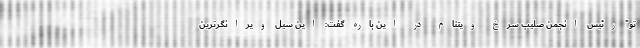
تو" رئیس انجمن صلیب سرخ ویتنام در این باره گفت: این سیل ویرانگرترین